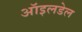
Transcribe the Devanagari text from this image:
ऑइलडेल